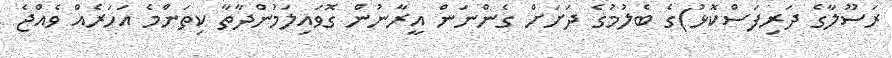
ރަސޫލާގެ ދަރިފަސްކޮޅު)ގެ ބެލުމުގެ ދަށަށް ގެންނަން އީރާނުން ގޮވައިލަމުންދާތާ ކިތަންމެ އަހަރެއް ވެއްޖެ